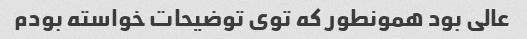
عالی بود همونطور که توی توضیحات خواسته بودم